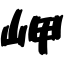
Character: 岬